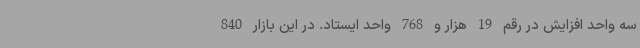
سه واحد افزایش در رقم 19 هزار و 768 واحد ایستاد. در این بازار 840